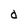
Character: d